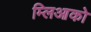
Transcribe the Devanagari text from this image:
म्लिआको